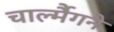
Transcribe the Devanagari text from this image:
चार्ल्मैगने